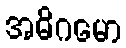
အဓိဂမော